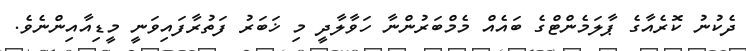
ދެކުނު ކޮރެއާގެ ޕާލަމެންޓްގެ ބައެއް މެމްބަރުންނާ ހަވާލާދީ މި ޚަބަރު ފަތުރާފައިވަނީ މީޑިއާއިންނެވެ.